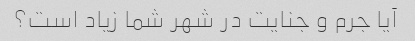
آیا جرم و جنایت در شهر شما زیاد است؟